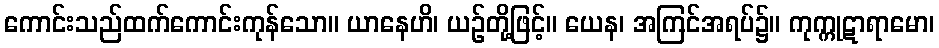
ကောင်းသည်ထက်ကောင်းကုန်သော။ ယာနေဟိ၊ ယဉ်တို့ဖြင့်။ ယေန၊ အကြင်အရပ်၌။ ကုက္ကုဋာရာမော၊